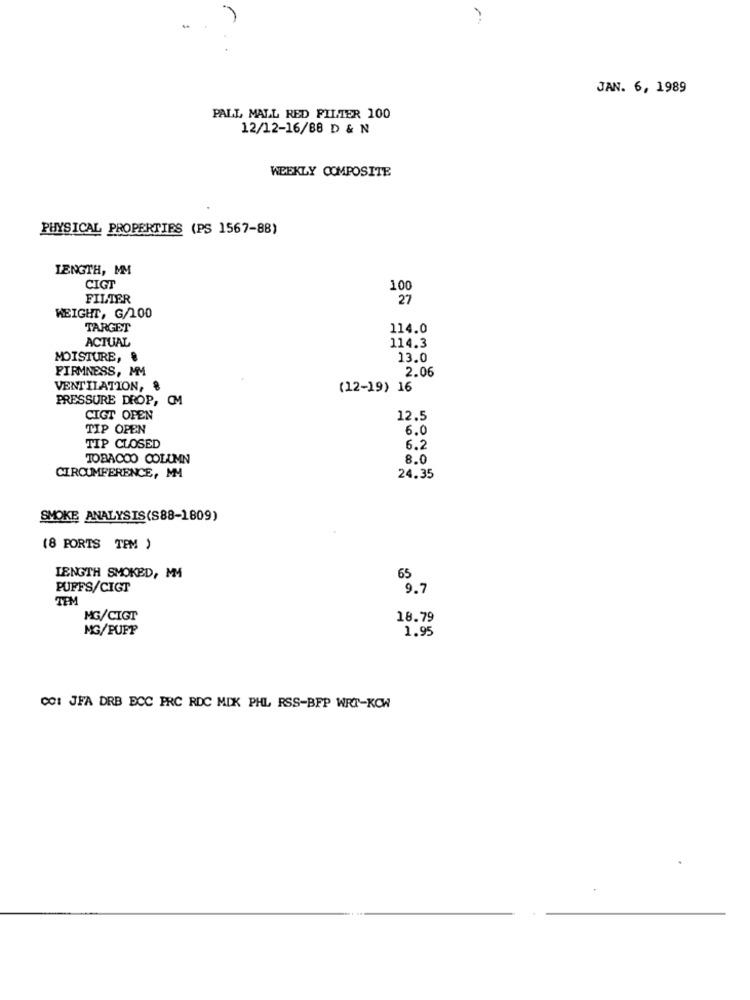
JAN. 6, 1989
PALL MALL RED FILTER 100
12/12-16/88 D & N
WEEKLY COMPOSITE
PHYSICAL PROPERTIES (PS 1567-88)
LENGTH, MM
CIGT
100
FILTER
27
WEIGHT, G/100
TARGET
114.0
ACTUAL
114.3
MOISTURE, !
13.0
FIRMNESS, MM
2.06
VENTILATION, 8
(12-19) 16
PRESSURE DROP, OM
CIGT OPEN
12.5
TIP OPEN
6.0
TIP CLOSED
6.2
TOBACCO COLUMN
8.0
CIRCUMFERENCE, MM
24.35
SMOKE ANALYSIS(S88-1809)
(8 PORTS TPM )
LENGTH SMOKED, MM4
65
PUFFS/CIGT
9.7
TPM
MG/CIGT
18.79
MG/PUFF
1.95
COI JFA DRB ECC PRC RDC MIK PHL RSS-BFP WRT-KOW